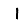
Digit: 1